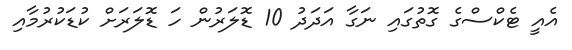
އެއީ ޓެކްސްގެ ގޮތުގައި ނަގާ އަދަދު 10 ޑޮލަރުން ހަ ޑޮލަރަށް ކުޑަކުރުމާއި